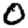
Digit: 0